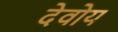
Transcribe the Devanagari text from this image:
देवोय